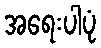
အရေးပါပုံ